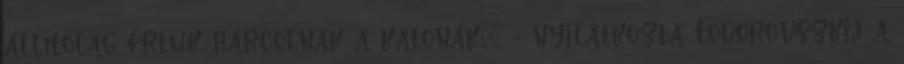
állítólag értük harcolnak a katonák" - nyilatkozta Todorovszkij a